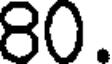
80.